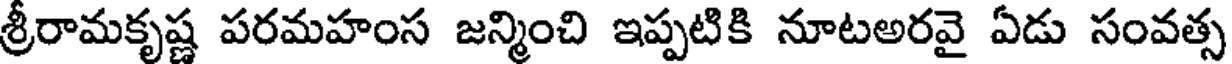
శ్రీరామకృష్ణ పరమహంస జన్మించి ఇప్పటికి నూటఅరవై ఏడు సంవత్స